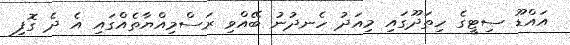
އައްޑޫ ސިޓީގެ ހިތަދޫގައި މިއަދު ހެނދުނު ބޭއްވި ރަސްމިއްޔާތެއްގައި އެ ދެ ގޮފި